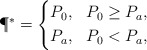
\begin{align*}\P^* =\left\{\begin{aligned}&P_0, && P_0 \geq P_a, \\&P_a, && P_0 < P_a,\end{aligned}\right.\end{align*}